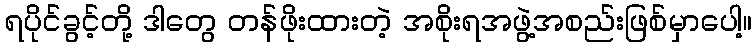
ရပိုင်ခွင့်တို့ ဒါတွေ တန်ဖိုးထားတဲ့ အစိုးရအဖွဲ့အစည်းဖြစ်မှာပေါ့။